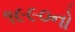
૧૯૯૦નો